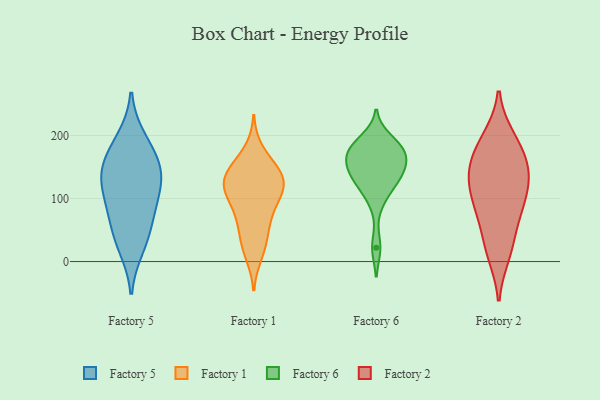
{"axis": {"x": "Website Visitors", "y": "Value"}, "legend": ["Factory 1", "Factory 2", "Factory 5", "Factory 6"], "data": [{"x": "", "y": 23, "type": "Factory 5"}, {"x": "", "y": 45, "type": "Factory 5"}, {"x": "", "y": 107, "type": "Factory 5"}, {"x": "", "y": 135, "type": "Factory 5"}, {"x": "", "y": 141, "type": "Factory 5"}, {"x": "", "y": 99, "type": "Factory 5"}, {"x": "", "y": 149, "type": "Factory 5"}, {"x": "", "y": 194, "type": "Factory 5"}, {"x": "", "y": 68, "type": "Factory 5"}, {"x": "", "y": 172, "type": "Factory 5"}, {"x": "", "y": 83, "type": "Factory 1"}, {"x": "", "y": 176, "type": "Factory 1"}, {"x": "", "y": 11, "type": "Factory 1"}, {"x": "", "y": 142, "type": "Factory 1"}, {"x": "", "y": 99, "type": "Factory 1"}, {"x": "", "y": 132, "type": "Factory 1"}, {"x": "", "y": 111, "type": "Factory 1"}, {"x": "", "y": 146, "type": "Factory 1"}, {"x": "", "y": 25, "type": "Factory 1"}, {"x": "", "y": 150, "type": "Factory 1"}, {"x": "", "y": 118, "type": "Factory 1"}, {"x": "", "y": 122, "type": "Factory 1"}, {"x": "", "y": 66, "type": "Factory 1"}, {"x": "", "y": 63, "type": "Factory 1"}, {"x": "", "y": 130, "type": "Factory 1"}, {"x": "", "y": 36, "type": "Factory 1"}, {"x": "", "y": 113, "type": "Factory 1"}, {"x": "", "y": 22, "type": "Factory 6"}, {"x": "", "y": 151, "type": "Factory 6"}, {"x": "", "y": 138, "type": "Factory 6"}, {"x": "", "y": 120, "type": "Factory 6"}, {"x": "", "y": 160, "type": "Factory 6"}, {"x": "", "y": 143, "type": "Factory 6"}, {"x": "", "y": 177, "type": "Factory 6"}, {"x": "", "y": 129, "type": "Factory 6"}, {"x": "", "y": 171, "type": "Factory 6"}, {"x": "", "y": 184, "type": "Factory 6"}, {"x": "", "y": 97, "type": "Factory 6"}, {"x": "", "y": 175, "type": "Factory 6"}, {"x": "", "y": 195, "type": "Factory 6"}, {"x": "", "y": 12, "type": "Factory 2"}, {"x": "", "y": 78, "type": "Factory 2"}, {"x": "", "y": 196, "type": "Factory 2"}, {"x": "", "y": 186, "type": "Factory 2"}, {"x": "", "y": 158, "type": "Factory 2"}, {"x": "", "y": 103, "type": "Factory 2"}, {"x": "", "y": 30, "type": "Factory 2"}, {"x": "", "y": 83, "type": "Factory 2"}, {"x": "", "y": 126, "type": "Factory 2"}, {"x": "", "y": 138, "type": "Factory 2"}, {"x": "", "y": 146, "type": "Factory 2"}]}